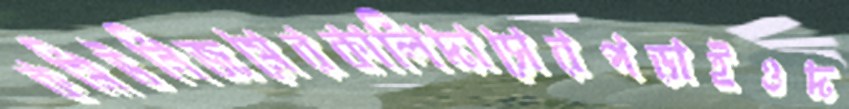
কমিউনিজমেরকালিদাসেরপড়াইওদ